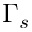
\Gamma _ { s }